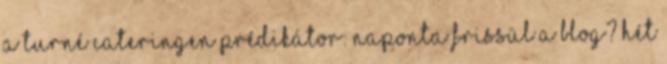
a turné cateringen prédikátor: Naponta frissül a blog? Hét